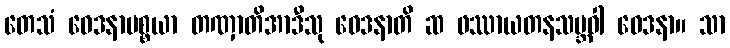
တေသံ ဝေဒနာပစ္စယာ တဏှာတိအာဒီသု ဝေဒနာတိ ဆ ဖဿာယတနသမ္ဘဝါ ဝေဒနာ။ သာ